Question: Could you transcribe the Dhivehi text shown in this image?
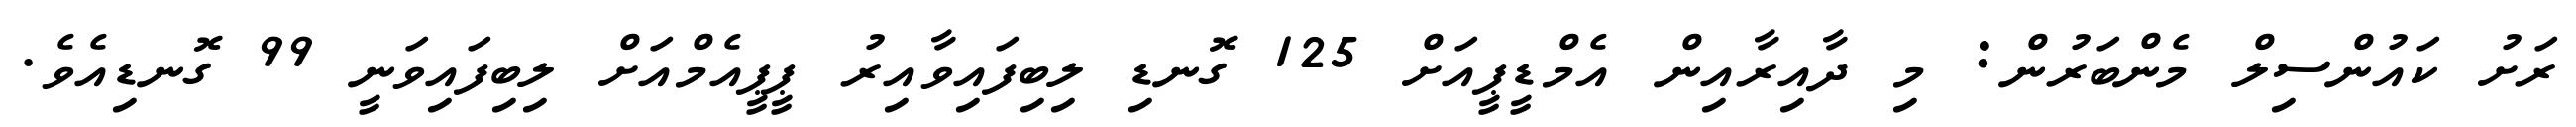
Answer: ރަށު ކައުންސިލް މެންބަރުން: މި ދާއިރާއިން އެމްޑީޕީއަށް 125 ގޮނޑި ލިބިފައިވާއިރު ޕީޕީއެމްއަށް ލިބިފައިވަނީ 99 ގޮނޑިއެވެ.